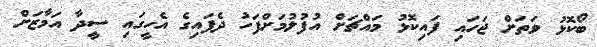
ބޯކޮޅު ވަތަށް ޖަހައި ފައިކޮޅު މައްޗަށް އުފުލުމަށްފަހު ދެފައިގެ އެހީގައި ސީދާ އަމާޒަށް